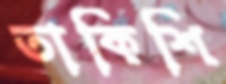
তাকিশি